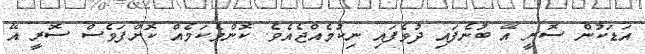
އަޑަކުން ސޮރީ އޭ ބުނެފައި ދުވެފައި ނިކުމެއްޖެއެވެ. ކޮންމެކަމެއް ކޮށްފަވެސް ސޮރީ އޭ